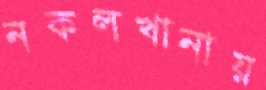
নকলখানায়